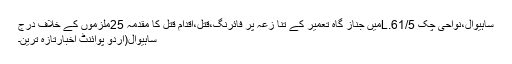
ساہیوال،نواحی چک 61/5.Lمیں جناز گاہ تعمیر کے تنا زعہ پر فائرنگ،قتل،اقدام قتل کا مقدمہ 25ملزموں کے خلاف درج
ساہیوال(اُردو پوائنٹ اخبارتازہ ترین۔